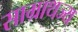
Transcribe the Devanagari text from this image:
साम्राथज्य